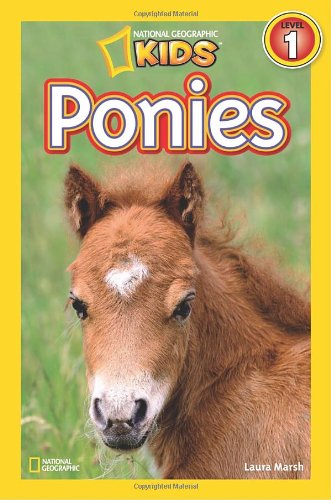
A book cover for National Geographic Readers: Ponies; Laura Marsh; Children's Books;